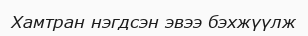
Хамтран нэгдсэн эвээ бэхжүүлж